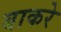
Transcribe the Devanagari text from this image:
बाकरे